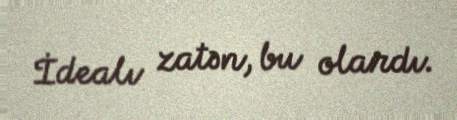
İdealı zatən, bu olardı.